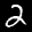
Label: 2